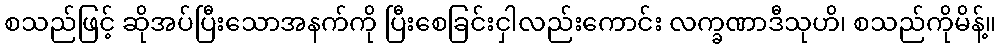
စသည်ဖြင့် ဆိုအပ်ပြီးသောအနက်ကို ပြီးစေခြင်းငှါလည်းကောင်း လက္ခဏာဒီသုဟိ၊ စသည်ကိုမိန့်။